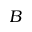
B